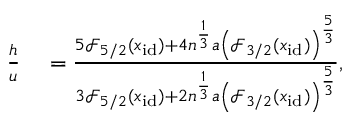
\begin{array} { r l } { \frac { h } { u } } & { { } = \frac { 5 \mathcal { F } _ { 5 / 2 } ( x _ { \mathrm { i d } } ) + 4 n ^ { \frac { 1 } { 3 } } a \left( \mathcal { F } _ { 3 / 2 } ( x _ { \mathrm { i d } } ) \right) ^ { \frac { 5 } { 3 } } } { 3 \mathcal { F } _ { 5 / 2 } ( x _ { \mathrm { i d } } ) + 2 n ^ { \frac { 1 } { 3 } } a \left( \mathcal { F } _ { 3 / 2 } ( x _ { \mathrm { i d } } ) \right) ^ { \frac { 5 } { 3 } } } , } \end{array}